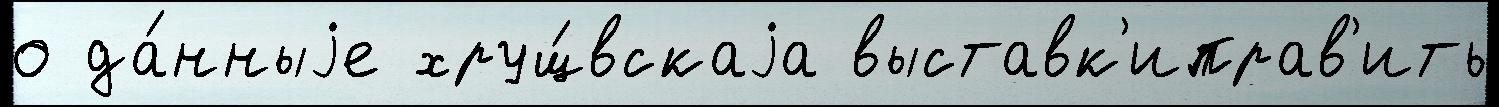
о да́нныjе хрущ́вскаjа выставк'иправ'ить